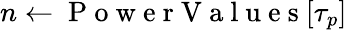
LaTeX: n\gets\mathrm{~P~o~w~e~r~V~a~l~u~e~s~}[{\tau_{p}}]